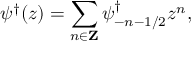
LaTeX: \psi ^ { \dagger } ( z ) = \sum _ { n \in { \bf Z } } \psi _ { - n - 1 / 2 } ^ { \dagger } z ^ { n } ,